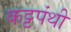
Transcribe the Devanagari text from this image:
कट्टपंथी